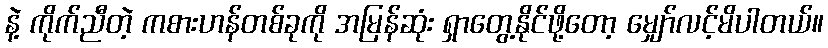
နဲ့ ကိုက်ညီတဲ့ ကစားဟန်တစ်ခုကို အမြန်ဆုံး ရှာတွေ့နိုင်ဖို့တော့ မျှော်လင့်မိပါတယ်။